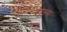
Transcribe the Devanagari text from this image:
हाल्म